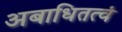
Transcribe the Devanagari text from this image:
अबाधितत्वं